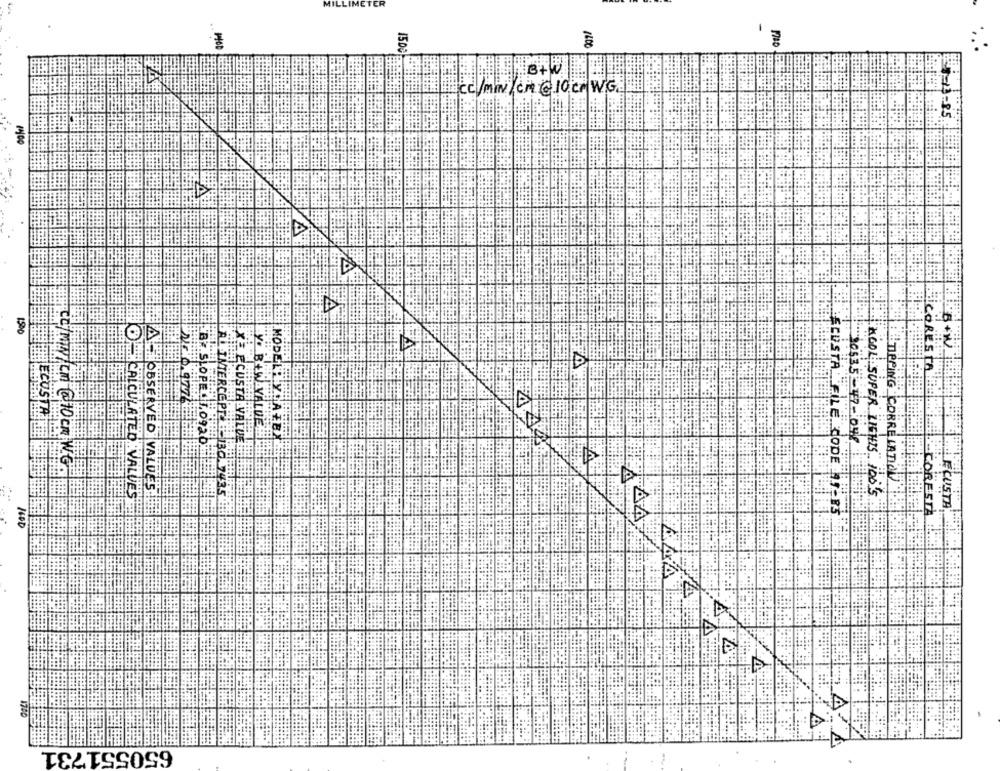
MILLIMETER
1600
Bcc /miiICHGIOCAWG
::
1,90
BESICORESTO
BBECUSTA
MODELLYCATEX
30535 -47-09
BE SLOPE CLO92b
XECUSTA VALUE
cc/MIN/cm @10 cm. W.
TED VALUE
ERVED VALUES
TIPPING CORRELATION
BG 7435
KOOL SUPER LIGHTS" 100'S
ECUSTA
CORESTA
1600
ECUSTA: FILE CODE AF-S
650551731
. -